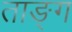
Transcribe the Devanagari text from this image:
ताङ्ग